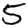
Digit: 5